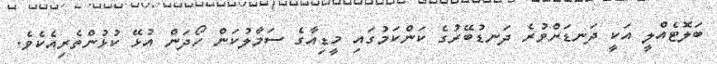
ބަލޮޓެއްލީ އަކީ ދަނޑަށްވުރެ ދަނޑުބޭރުގެ ކަންކަމުގައި މީޑިއާގެ ސަމާލުކަން ހޯދަން އުޅޭ ކުޅުންތެރިއެކެވެ.